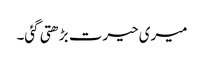
میری حیرت بڑھتی گئی۔